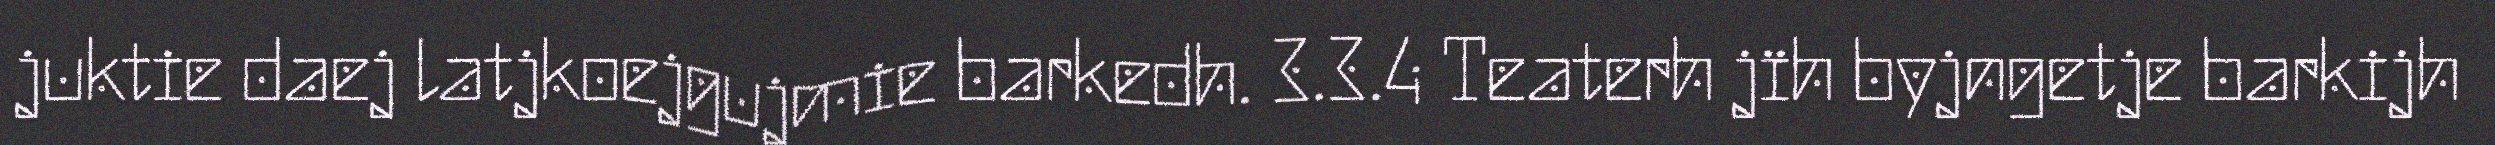
juktie daej latjkoejgujmie barkedh. 3.3.4 Teaterh jïh byjngetje barkijh